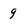
Character: g